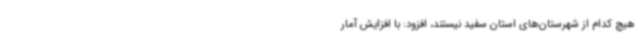
هیچ کدام از شهرستان‌های استان سفید نیستند، افزود: با افزایش آمار